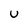
Character: U